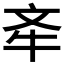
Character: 𣁄